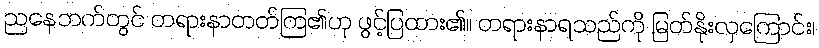
ညနေဘက်တွင် တရားနာတတ်ကြ၏ဟု ဖွင့်ပြထား၏။ တရားနာရသည်ကို မြတ်နိုးလှကြောင်း၊